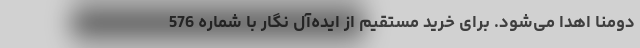
دومنا اهدا می‌شود. برای خرید مستقیم از ایده‌آل ‌نگار با شماره 576